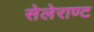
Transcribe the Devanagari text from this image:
सेलेराण्ट